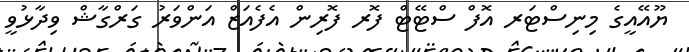
ޔޫއޭއީގެ މިނިސްޓަރ އޮފް ސްޓޭޓް ފޮރ ފޮރިން އެފެއަޒް އަންވަރު ގަރްގާޝް ވިދާޅުވީ